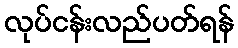
လုပ်ငန်းလည်ပတ်ရန်